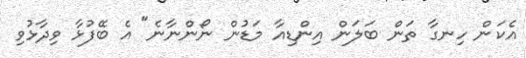
އެކަން ހިނގާ ތަން ބަލަން އިންޑިއާ މަޑުން ނޯންނާނެ" އެ ބޭފުޅާ ވިދާޅުވި